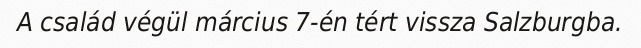
A család végül március 7-én tért vissza Salzburgba.